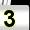
Digit: 3